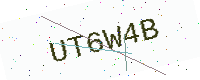
Text: UT6W4B